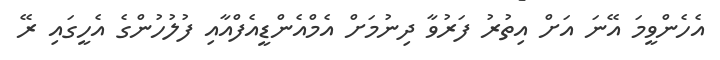
އެހެންވީމަ އޭނަ އަށް އިތުރު ފަރުވާ ދިނުމަށް އެމްއެންޑީއެފްއާއި ފުލުހުންގެ އެހީގައި ރޭ